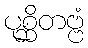
ပုစ္ဆိတဗ္ဗံ